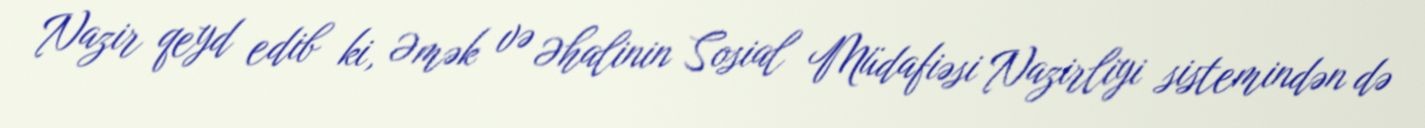
Nazir qeyd edib ki, Əmək və Əhalinin Sosial Müdafiəsi Nazirliyi sistemindən də